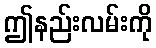
ဤနည်းလမ်းကို